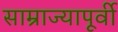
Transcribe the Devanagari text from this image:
साम्राज्यापूर्वी